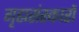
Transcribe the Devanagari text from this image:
गृह्मसंस्कारों